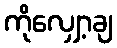
ကိုလျှော့ချ